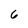
Character: 6